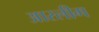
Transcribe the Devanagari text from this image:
आरलीग